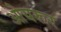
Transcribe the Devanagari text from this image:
ओयरूर